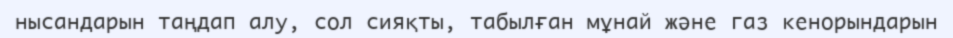
нысандарын таңдап алу, сол сияқты, табылған мұнай және газ кенорындарын